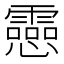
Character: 𫻝